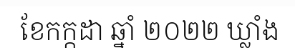
ខែកក្កដា ឆ្នាំ ២០២២ ឃ្លាំង